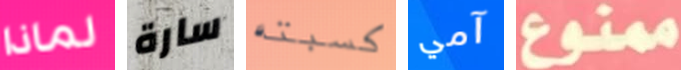
لماذا سارة كسبته آمي ممنوع